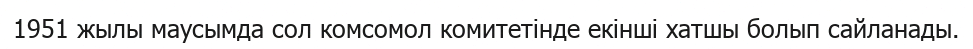
1951 жылы маусымда сол комсомол комитетінде екінші хатшы болып сайланады.